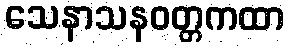
သေနာသနဝတ္တကထာ